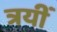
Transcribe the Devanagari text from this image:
त्रयीं